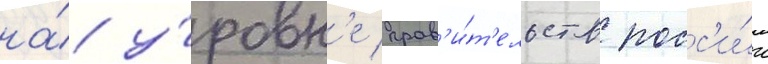
на́ у́ровн'е прав'и́т'ельств росс'и́и